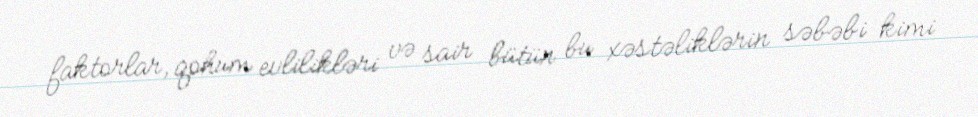
faktorlar, qohum evlilikləri və sair bütün bu xəstəliklərin səbəbi kimi